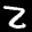
Label: 2